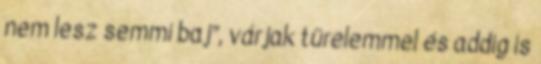
nem lesz semmi baj”, várjak türelemmel és addig is